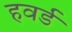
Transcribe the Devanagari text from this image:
हवर्ड